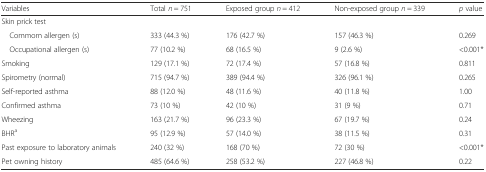
| Variables | Total n = 751 | Exposed group n = 412 | Non-exposed group n = 339 | p value |
 | --- | --- | --- | --- | --- |
 | Skin prick test |  |  |  |  |
 | Commom allergen (s) | 333 (44.3 %) | 176 (42.7 %) | 157 (46.3 %) | 0.269 |
 | Occupational allergen (s) | 77 (10.2 %) | 68 (16.5 %) | 9 (2.6 %) | <0.001* |
 | Smoking | 129 (17.1 %) | 72 (17.4 %) | 57 (16.8 %) | 0.811 |
 | Spirometry (normal) | 715 (94.7 %) | 389 (94.4 %) | 326 (96.1 %) | 0.265 |
 | Self-reported asthma | 88 (12.0 %) | 48 (11.6 %) | 40 (11.8 %) | 1.00 |
 | Confirmed asthma | 73 (10 %) | 42 (10 %) | 31 (9 %) | 0.71 |
 | Wheezing | 163 (21.7 %) | 96 (23.3 %) | 67 (19.7 %) | 0.24 |
 | BHRa | 95 (12.9 %) | 57 (14.0 %) | 38 (11.5 %) | 0.31 |
 | Past exposure to laboratory animals | 240 (32 %) | 168 (70 %) | 72 (30 %) | <0.001* |
 | Pet owning history | 485 (64.6 %) | 258 (53.2 %) | 227 (46.8 %) | 0.22 |